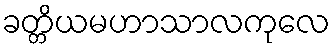
ခတ္တိယမဟာသာလကုလေ